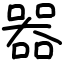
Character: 器